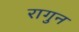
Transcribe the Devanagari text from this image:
रागुन